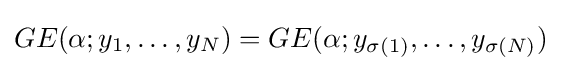
GE(\alpha ;y_{1},\ldots ,y_{N})=GE(\alpha ;y_{\sigma (1)},\ldots ,y_{\sigma (N)})